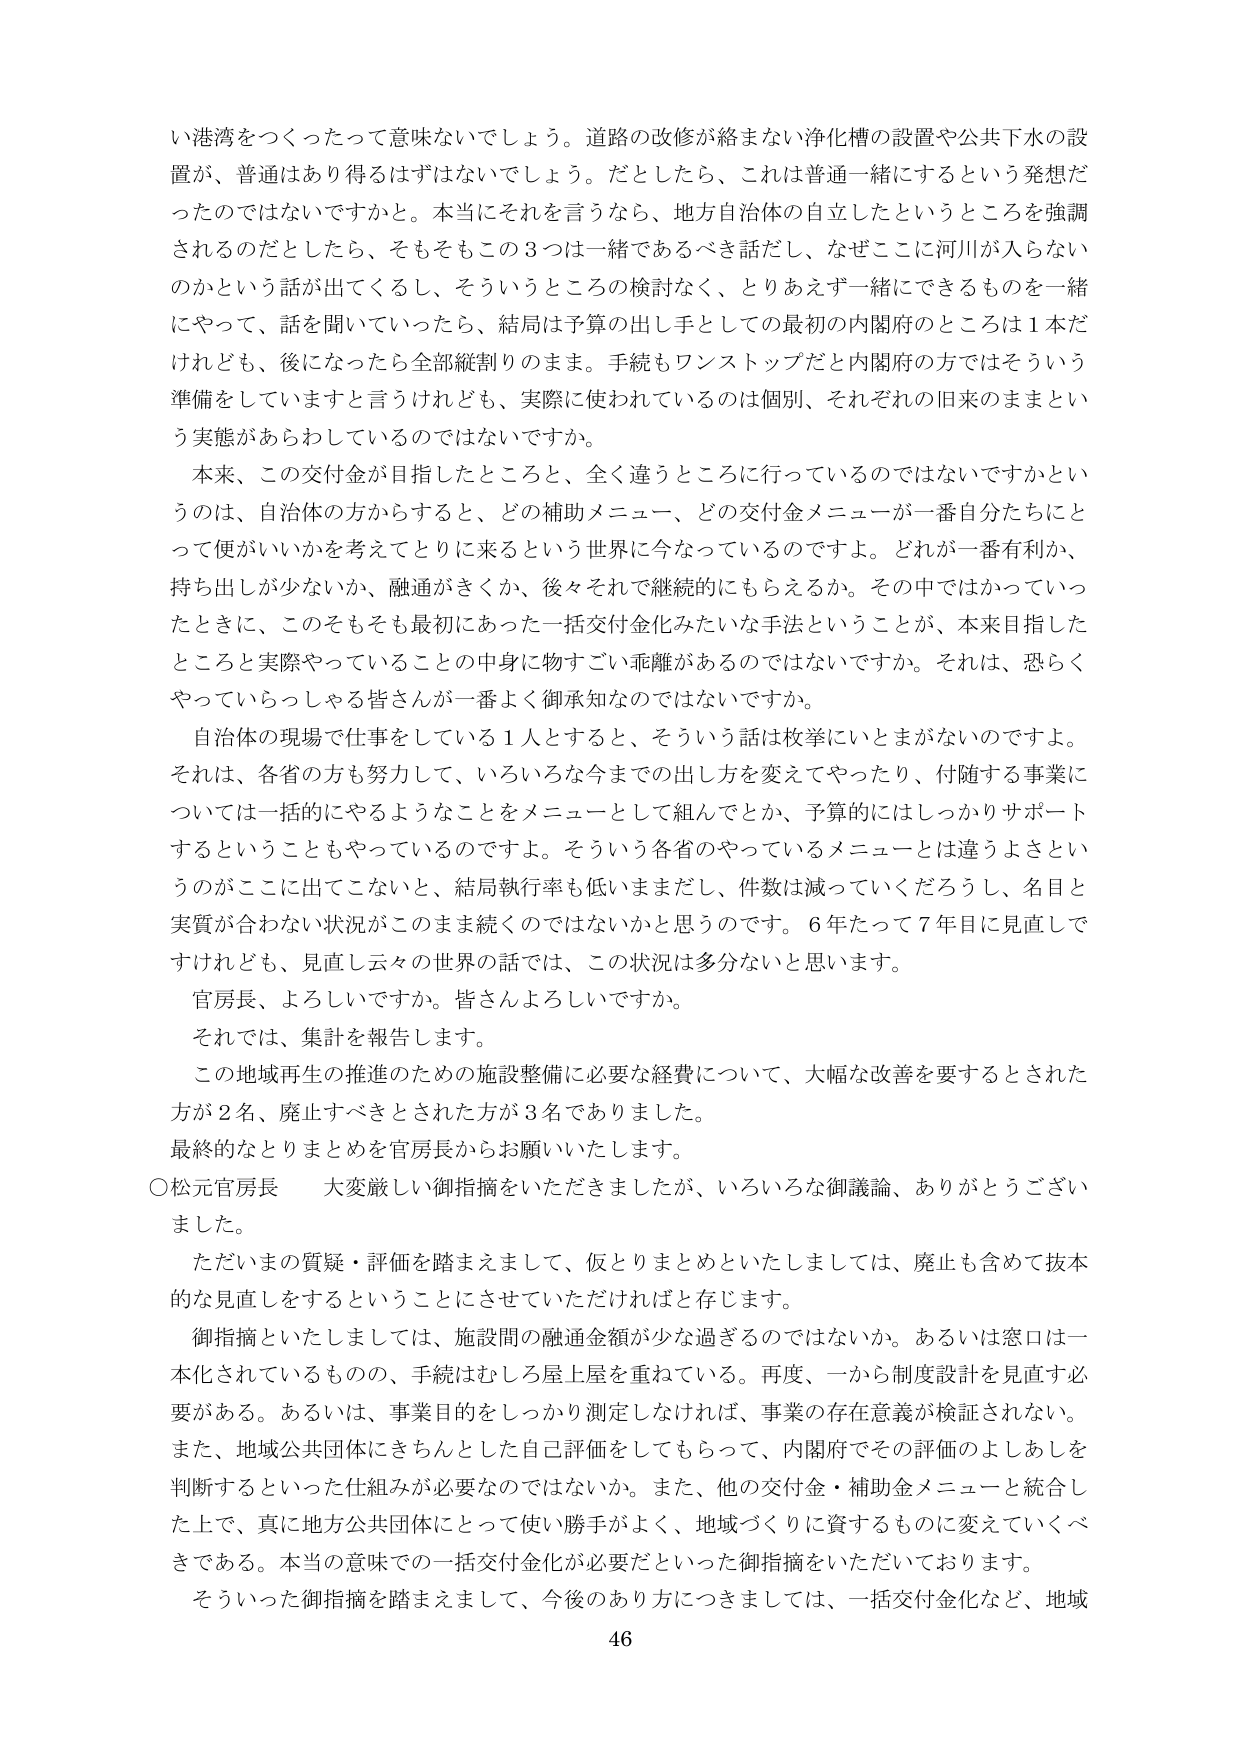
い港湾をつくったって意味ないでしょう。道路の改修が絡まない浄化槽の設置や公共下水の設置が、普通はあり得るはずはないでしょう。だとしたら、これは普通一緒にするという発想だったのではないでしょうかと。本当にそれを言うなら、地方自治体の自立したというところを強調されるのだとしたら、そもそもこの３つは一緒であるべき話だし、なぜここに河川が入らないのかという話が出てくるし、そういうところの検討なく、とりあえず一緒にできるものを一緒にやって、話を聞いていったら、結局は予算の出し手としての最初の内閣府のところは１本だけれども、後になったら全部縦割りのまま。手続もワンストップだと内閣府の方ではそういう準備をしていますと言うけれども、実際に使われているのは個別、それぞれの旧来のままという実態があらわしているのではないでしょうか。

本来、この交付金が目指したところと、全く違うところに行っているのではないでしょうかというのは、自治体の方からすると、どの補助メニュー、どの交付金メニューが一番自分たちにとって便がいいかを考えてとりに来るという世界に今なっているのですよ。どれが一番有利か、持ち出しが少ないか、融通がきくか、後々それで継続的にもらえるか。その中ではかっていったときに、このそもそも最初にあった一括交付金化みたいな手法ということが、本来目指したところと実際やっていることの中身に物すごい乖離があるのではないでしょうか。それは、恐らくやっていらっしゃる皆さんが一番よく御承知なのではないですか。

自治体の現場で仕事をしている１人とすると、そういう話は枚挙にいとまがないのですよ。それは、各省の方も努力して、いろいろな今までの出し方を変えてやったり、付随する事業については一括的にやるようなことをメニューとして組んでとか、予算的にはしっかりサポートするということもやっているのですよ。そういう各省のやっているメニューとは違うよさというのがここに出てこないと、結局執行率も低いままだし、件数は減っていくだろうし、名目と実質が合わない状況がこのまま続くのではないかと思うのです。６年たって７年目に見直しですけれども、見直し云々の世界の話では、この状況は多分ないと思います。

官房長、よろしいですか。皆さんよろしいですか。

それでは、集計を報告します。

この地域再生の推進のための施設整備に必要な経費について、大幅な改善を要するとされた方が２名、廃止すべきとされた方が３名でありました。

最終的なとりまとめを官房長からお願いいたします。

○松元官房長　大変厳しい御指摘をいただきましたが、いろいろな御議論、ありがとうございました。

ただいまの質疑・評価を踏まえまして、仮とりまとめといたしましては、廃止も含めて抜本的な見直しをするということにさせていただければと存じます。

御指摘といたしましては、施設間の融通金額が少な過ぎるのではないか。あるいは窓口は一本化されているものの、手続はむしろ屋上屋を重ねている。再度、一から制度設計を見直す必要がある。あるいは、事業目的をしっかり測定しなければ、事業の存在意義が検証されない。また、地域公共団体にきちんとした自己評価をしてもらって、内閣府でその評価のよしあしを判断するといった仕組みが必要なのではないか。また、他の交付金・補助金メニューと統合した上で、真に地方公共団体にとって使い勝手がよく、地域づくりに資するものに変えていくべきである。本当の意味での一括交付金化が必要だといった御指摘をいただいております。

そういった御指摘を踏まえまして、今後のあり方につきましては、一括交付金化など、地域

46